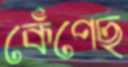
কেঁপেছ